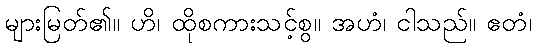
များမြတ်၏။ ဟိ၊ ထိုစကားသင့်စွ။ အဟံ၊ ငါသည်။ ဧတံ၊